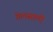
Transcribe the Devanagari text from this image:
गेलसालीं